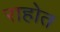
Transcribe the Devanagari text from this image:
राहोत